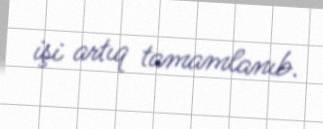
işi artıq tamamlanıb.